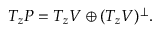
T _ { z } P = T _ { z } V \oplus ( T _ { z } V ) \sp \perp .